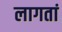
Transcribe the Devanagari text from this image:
लागतां